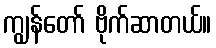
ကျွန်တော် ဗိုက်ဆာတယ်။